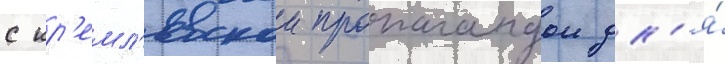
с кр'емл'евскои пропагандои дл'я́